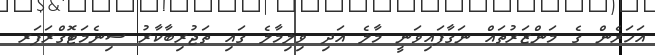
އަހަރެން ގެ މަންޒަރުތައް ނަގާފައިވަނީ މާލެ އަދި ވިލިމާލެ ގައި ތަޖުރިބާކާރު ސިނެމަޓޮގްރަފަރ